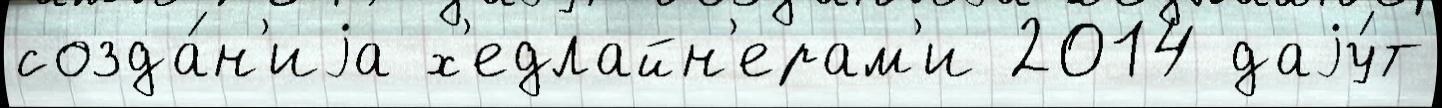
созда́н'иjа х'едлайн'ерам'и 2014 даjу́т